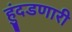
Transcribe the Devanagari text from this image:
हुंदडणारी